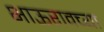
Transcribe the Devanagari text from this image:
भाऊरावच्या